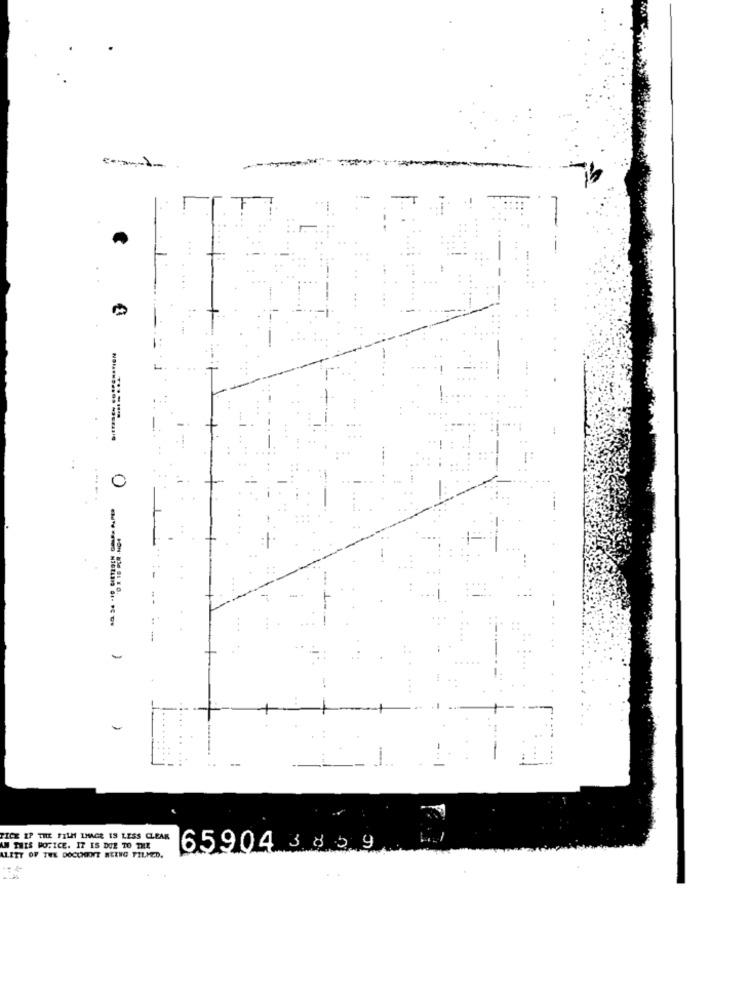
0
..
-
PICE IP THE FILM LHACE IS LESS CLEAR
UN THIS NOTICE. IT IS DUE TO THE
65904 383.9
ALITY OF THE DOCUMENT BEING TILMED.